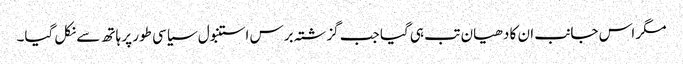
مگر اس جانب ان کا دھیان تب ہی گیا جب گزشتہ برس استنبول سیاسی طور پر ہاتھ سے نکل گیا۔